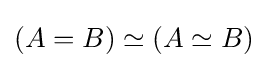
(A=B)\simeq (A\simeq B)